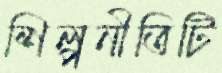
শিল্পনীতিটি